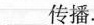
___传播.